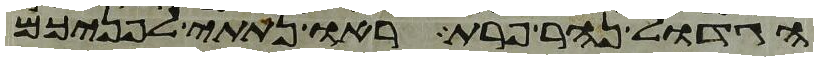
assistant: הגדול נהר פרת ראו נתתי לפניכם